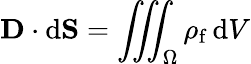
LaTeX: \mathbf{D}\cdot\mathrm{d}\mathbf{S}=\iiint_{\Omega}\rho_{\mathrm{f}}\, \mathrm{d}V